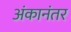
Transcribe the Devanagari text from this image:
अंकानंतर